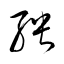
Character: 殃